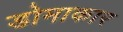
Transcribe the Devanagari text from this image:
डोमाकार